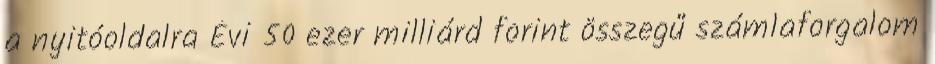
a nyitóoldalra Évi 50 ezer milliárd forint összegű számlaforgalom